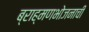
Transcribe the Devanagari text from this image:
ब्राह्मणभोजनाची